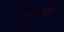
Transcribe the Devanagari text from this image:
एएमआरसी